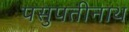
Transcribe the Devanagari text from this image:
पसुपतीनाथ